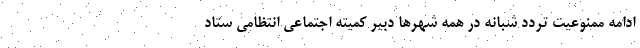
ادامه ممنوعیت تردد شبانه در همه شهرها دبیر کمیته اجتماعی انتظامی ستاد